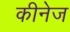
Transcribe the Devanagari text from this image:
कीनेज